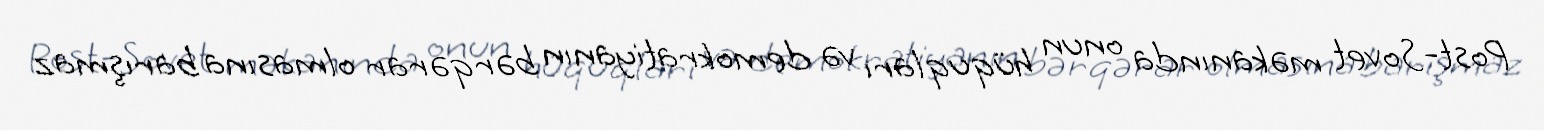
Post-Sovet məkanında onun hüquqları və demokratiyanın bərqərar olmasına barışmaz